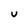
Character: u